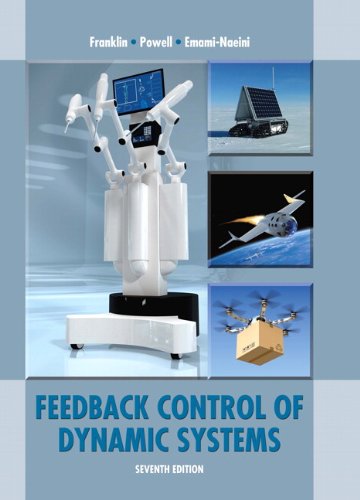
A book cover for Feedback Control of Dynamic Systems (7th Edition); Gene F. Franklin; Engineering & Transportation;